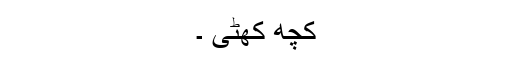
کچھ کھٹی ۔